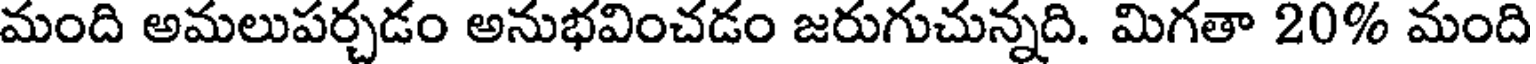
మంది అమలుపర్చడం అనుభవించడం జరుగుచున్నది. మిగతా 20% మంది